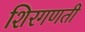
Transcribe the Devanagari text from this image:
शिरगणती